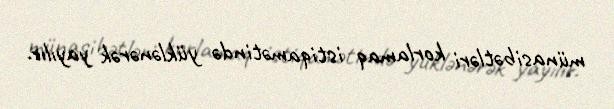
münasibətləri korlamaq istiqamətində yüklənərək yayılır.